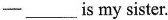
-___is my sister.